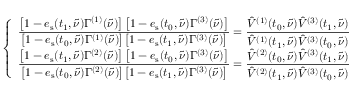
\left\{ \begin{array} { l } { \displaystyle \frac { \left[ 1 - e _ { \mathrm { s } } ( t _ { 1 } , \tilde { \nu } ) \Gamma ^ { ( 1 ) } ( \tilde { \nu } ) \right] \left[ 1 - e _ { \mathrm { s } } ( t _ { 0 } , \tilde { \nu } ) \Gamma ^ { ( 3 ) } ( \tilde { \nu } ) \right] } { \left[ 1 - e _ { \mathrm { s } } ( t _ { 0 } , \tilde { \nu } ) \Gamma ^ { ( 1 ) } ( \tilde { \nu } ) \right] \left[ 1 - e _ { \mathrm { s } } ( t _ { 1 } , \tilde { \nu } ) \Gamma ^ { ( 3 ) } ( \tilde { \nu } ) \right] } = \frac { \hat { V } ^ { ( 1 ) } ( t _ { 0 } , \tilde { \nu } ) \hat { V } ^ { ( 3 ) } ( t _ { 1 } , \tilde { \nu } ) } { \hat { V } ^ { ( 1 ) } ( t _ { 1 } , \tilde { \nu } ) \hat { V } ^ { ( 3 ) } ( t _ { 0 } , \tilde { \nu } ) } } \\ { \displaystyle \frac { \left[ 1 - e _ { \mathrm { s } } ( t _ { 1 } , \tilde { \nu } ) \Gamma ^ { ( 2 ) } ( \tilde { \nu } ) \right] \left[ 1 - e _ { \mathrm { s } } ( t _ { 0 } , \tilde { \nu } ) \Gamma ^ { ( 3 ) } ( \tilde { \nu } ) \right] } { \left[ 1 - e _ { \mathrm { s } } ( t _ { 0 } , \tilde { \nu } ) \Gamma ^ { ( 2 ) } ( \tilde { \nu } ) \right] \left[ 1 - e _ { \mathrm { s } } ( t _ { 1 } , \tilde { \nu } ) \Gamma ^ { ( 3 ) } ( \tilde { \nu } ) \right] } = \frac { \hat { V } ^ { ( 2 ) } ( t _ { 0 } , \tilde { \nu } ) \hat { V } ^ { ( 3 ) } ( t _ { 1 } , \tilde { \nu } ) } { \hat { V } ^ { ( 2 ) } ( t _ { 1 } , \tilde { \nu } ) \hat { V } ^ { ( 3 ) } ( t _ { 0 } , \tilde { \nu } ) } } \end{array} \right.